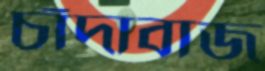
চাঁদাবাজ